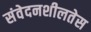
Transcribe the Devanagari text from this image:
संवेदनशीलतेस